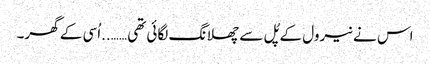
اس نے نیرول کے پُل سے چھلانگ لگائی تھی ……..اُسی کے گھر۔